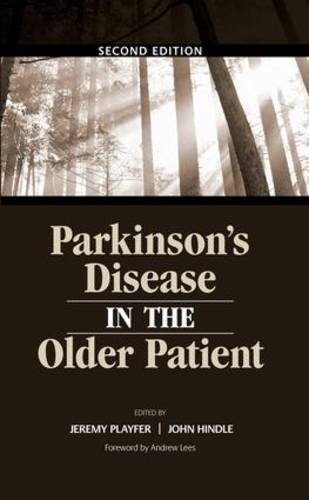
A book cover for Parkinson's Disease in the Older Patient; Jeremy Playfer; Health, Fitness & Dieting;